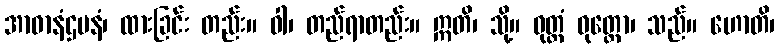
အာဓာနံဌပနံ၊ ထားခြင်း တည်း။ ဝါ၊ တည်ရာတည်း။ ဣတိ၊ သို့။ ဝုတ္တံ ဝုတ္တော၊ သည်။ ဟောတိ၊